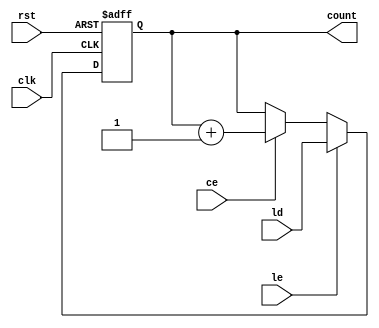
module LoadableCounter (
    input wire clk,        // Clock signal
    input wire rst,        // Reset signal
    input wire ce,         // Count Enable signal
    input wire le,         // Load Enable signal
    input wire [3:0] ld,   // Load value input
    output reg [3:0] count // Current count output
);

// Always block triggered on the rising edge of the clock
always @(posedge clk or posedge rst) begin
    if (rst) begin
        // Reset the counter to zero
        count <= 4'b0000;
    end else if (le) begin
        // Load the specified value into the counter
        count <= ld;
    end else if (ce) begin
        // Increment the counter
        count <= count + 1;
    end
end

endmodule